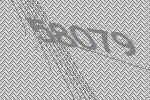
58079